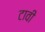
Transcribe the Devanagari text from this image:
टावी